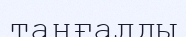
таңғалды